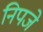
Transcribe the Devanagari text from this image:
निपजे